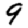
Digit: 9